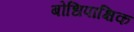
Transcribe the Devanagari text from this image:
बोधिपाक्षिक